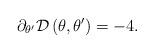
LaTeX: \begin{align*}\partial _{\theta ^{\prime }}\mathcal{D}\left( \theta ,\theta ^{\prime}\right) =-4. \end{align*}